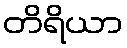
တိရိယာ